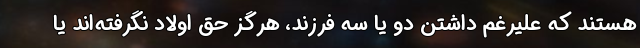
هستند که علیرغم داشتن دو یا سه فرزند، هرگز حق اولاد نگرفته‌اند یا